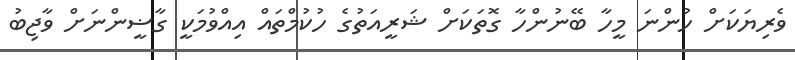
ވެރިޔަކަށް ހުންނަ މީހާ ބޭނުންހާ ގޮތަކަށް ޝަރީއަތުގެ ހުކުމްތައް އިއްވުމަކީ ގާޟީންނަށް ވާޖިބު